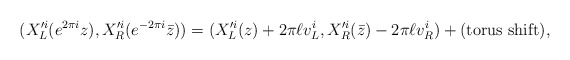
\begin{align*}(X_L^{\prime i}(e^{2\pi i}z), X_R^{\prime i}(e^{-2\pi i}\bar{z}))= (X_L^{\prime i}(z)+2\pi \ell v_L^i, X_R^{\prime i}(\bar{z})-2\pi \ell v_R^i)+ ({\rm torus \ shift}),\end{align*}